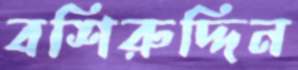
বশিরুদ্দিন